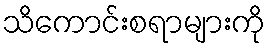
သိကောင်းစရာများကို